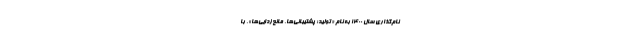
نام‌گذاری سال ۱۴۰۰ به نام «تولید؛ پشتیبانی‌ها، مانع‌زدایی‌ها»، با